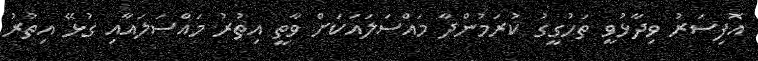
އޮފިސަރު ވިދާޅުވީ ތަހުގީގު ކުރަމުންދާ މައްސަލައަކަށް ވާތީ އިތުރު މައްސަލައާއި ގުޅޭ އިތުރު